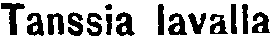
Tanssia lavalla